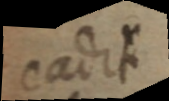
cadit